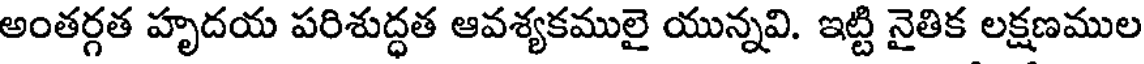
అంతర్గత హృదయ పరిశుద్ధత ఆవశ్యకములై యున్నవి. ఇట్టి నైతిక లక్షణముల